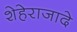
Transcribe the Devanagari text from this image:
शेहेराजादे